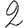
Digit: 2